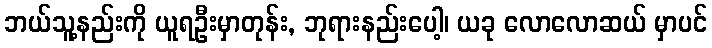
ဘယ်သူ့နည်းကို ယူရဦးမှာတုန်း, ဘုရားနည်းပေါ့၊ ယခု လောလောဆယ် မှာပင်